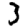
Digit: 3